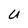
Character: U